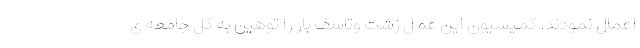
اعمال نمودند. کمیسیون این عمل زشت وتاسف بار را توهین به کل جامعه ی